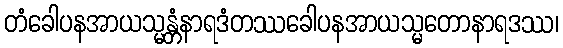
တံခေါပနအာယသ္မန္တံနာရဒံတဿခေါပနအာယသ္မတောနာရဒဿ၊